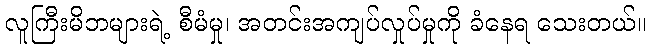
လူကြီးမိဘများရဲ့ စီမံမှု၊ အတင်းအကျပ်လှုပ်မှုကို ခံနေရ သေးတယ်။